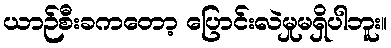
ယာဉ်စီးခကတော့ ပြောင်းလဲမှုမရှိပါဘူး။